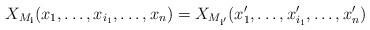
LaTeX: \begin{align*}X_{M_\mathbf i}(x_1, \dots, x_{i_1},\dots, x_n) = X_{M_{\mathbf i'}} (x_1', \dots, x_{i_1}', \dots, x_n')\end{align*}